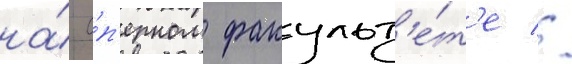
на́ о́п'ерном факульт'е́т'е //